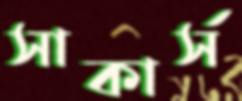
সাকার্স